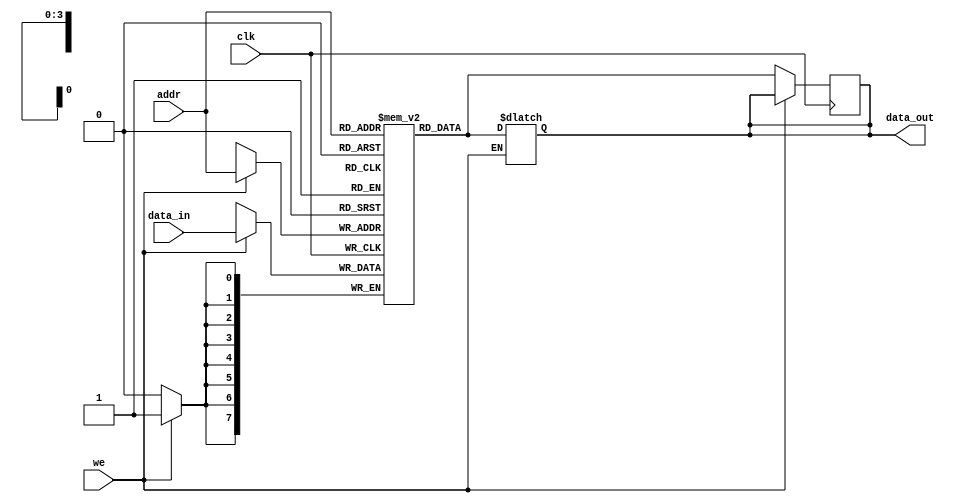
module parameterized_ram #(
    parameter DATA_WIDTH = 8,        // Width of the data bus
    parameter ADDR_WIDTH = 4         // Address width (2^ADDR_WIDTH locations)
) (
    input wire clk,                  // Clock signal for synchronous operations
    input wire we,                   // Write enable signal (active high)
    input wire [ADDR_WIDTH-1:0] addr, // Address input
    input wire [DATA_WIDTH-1:0] data_in, // Data input for writing
    output reg [DATA_WIDTH-1:0] data_out // Data output for reading
);

    // Declare the memory array
    reg [DATA_WIDTH-1:0] ram [(2**ADDR_WIDTH)-1:0];

    // Synchronous read/write operation
    always @(posedge clk) begin
        if (we) begin
            ram[addr] <= data_in; // Write operation
        end else begin
            data_out <= ram[addr]; // Read operation
        end
    end

    // Asynchronous read operation (optional)
    always @(*) begin
        if (!we) begin
            data_out = ram[addr]; // Update data_out immediately on addr change
        end
    end

    // Optional reset functionality (if desired)
    // You can uncomment this block and add a reset input signal
    /*
    input wire rst; // Asynchronous reset
    always @(posedge clk or posedge rst) begin
        if (rst) begin
            integer i;
            for (i = 0; i < (2**ADDR_WIDTH); i = i + 1) begin
                ram[i] <= {DATA_WIDTH{1'b0}}; // Initialize memory to zero
            end
        end else begin
            if (we) begin
                ram[addr] <= data_in; // Write operation
            end else begin
                data_out <= ram[addr]; // Read operation
            end
        end
    end
    */

endmodule